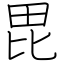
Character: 毘